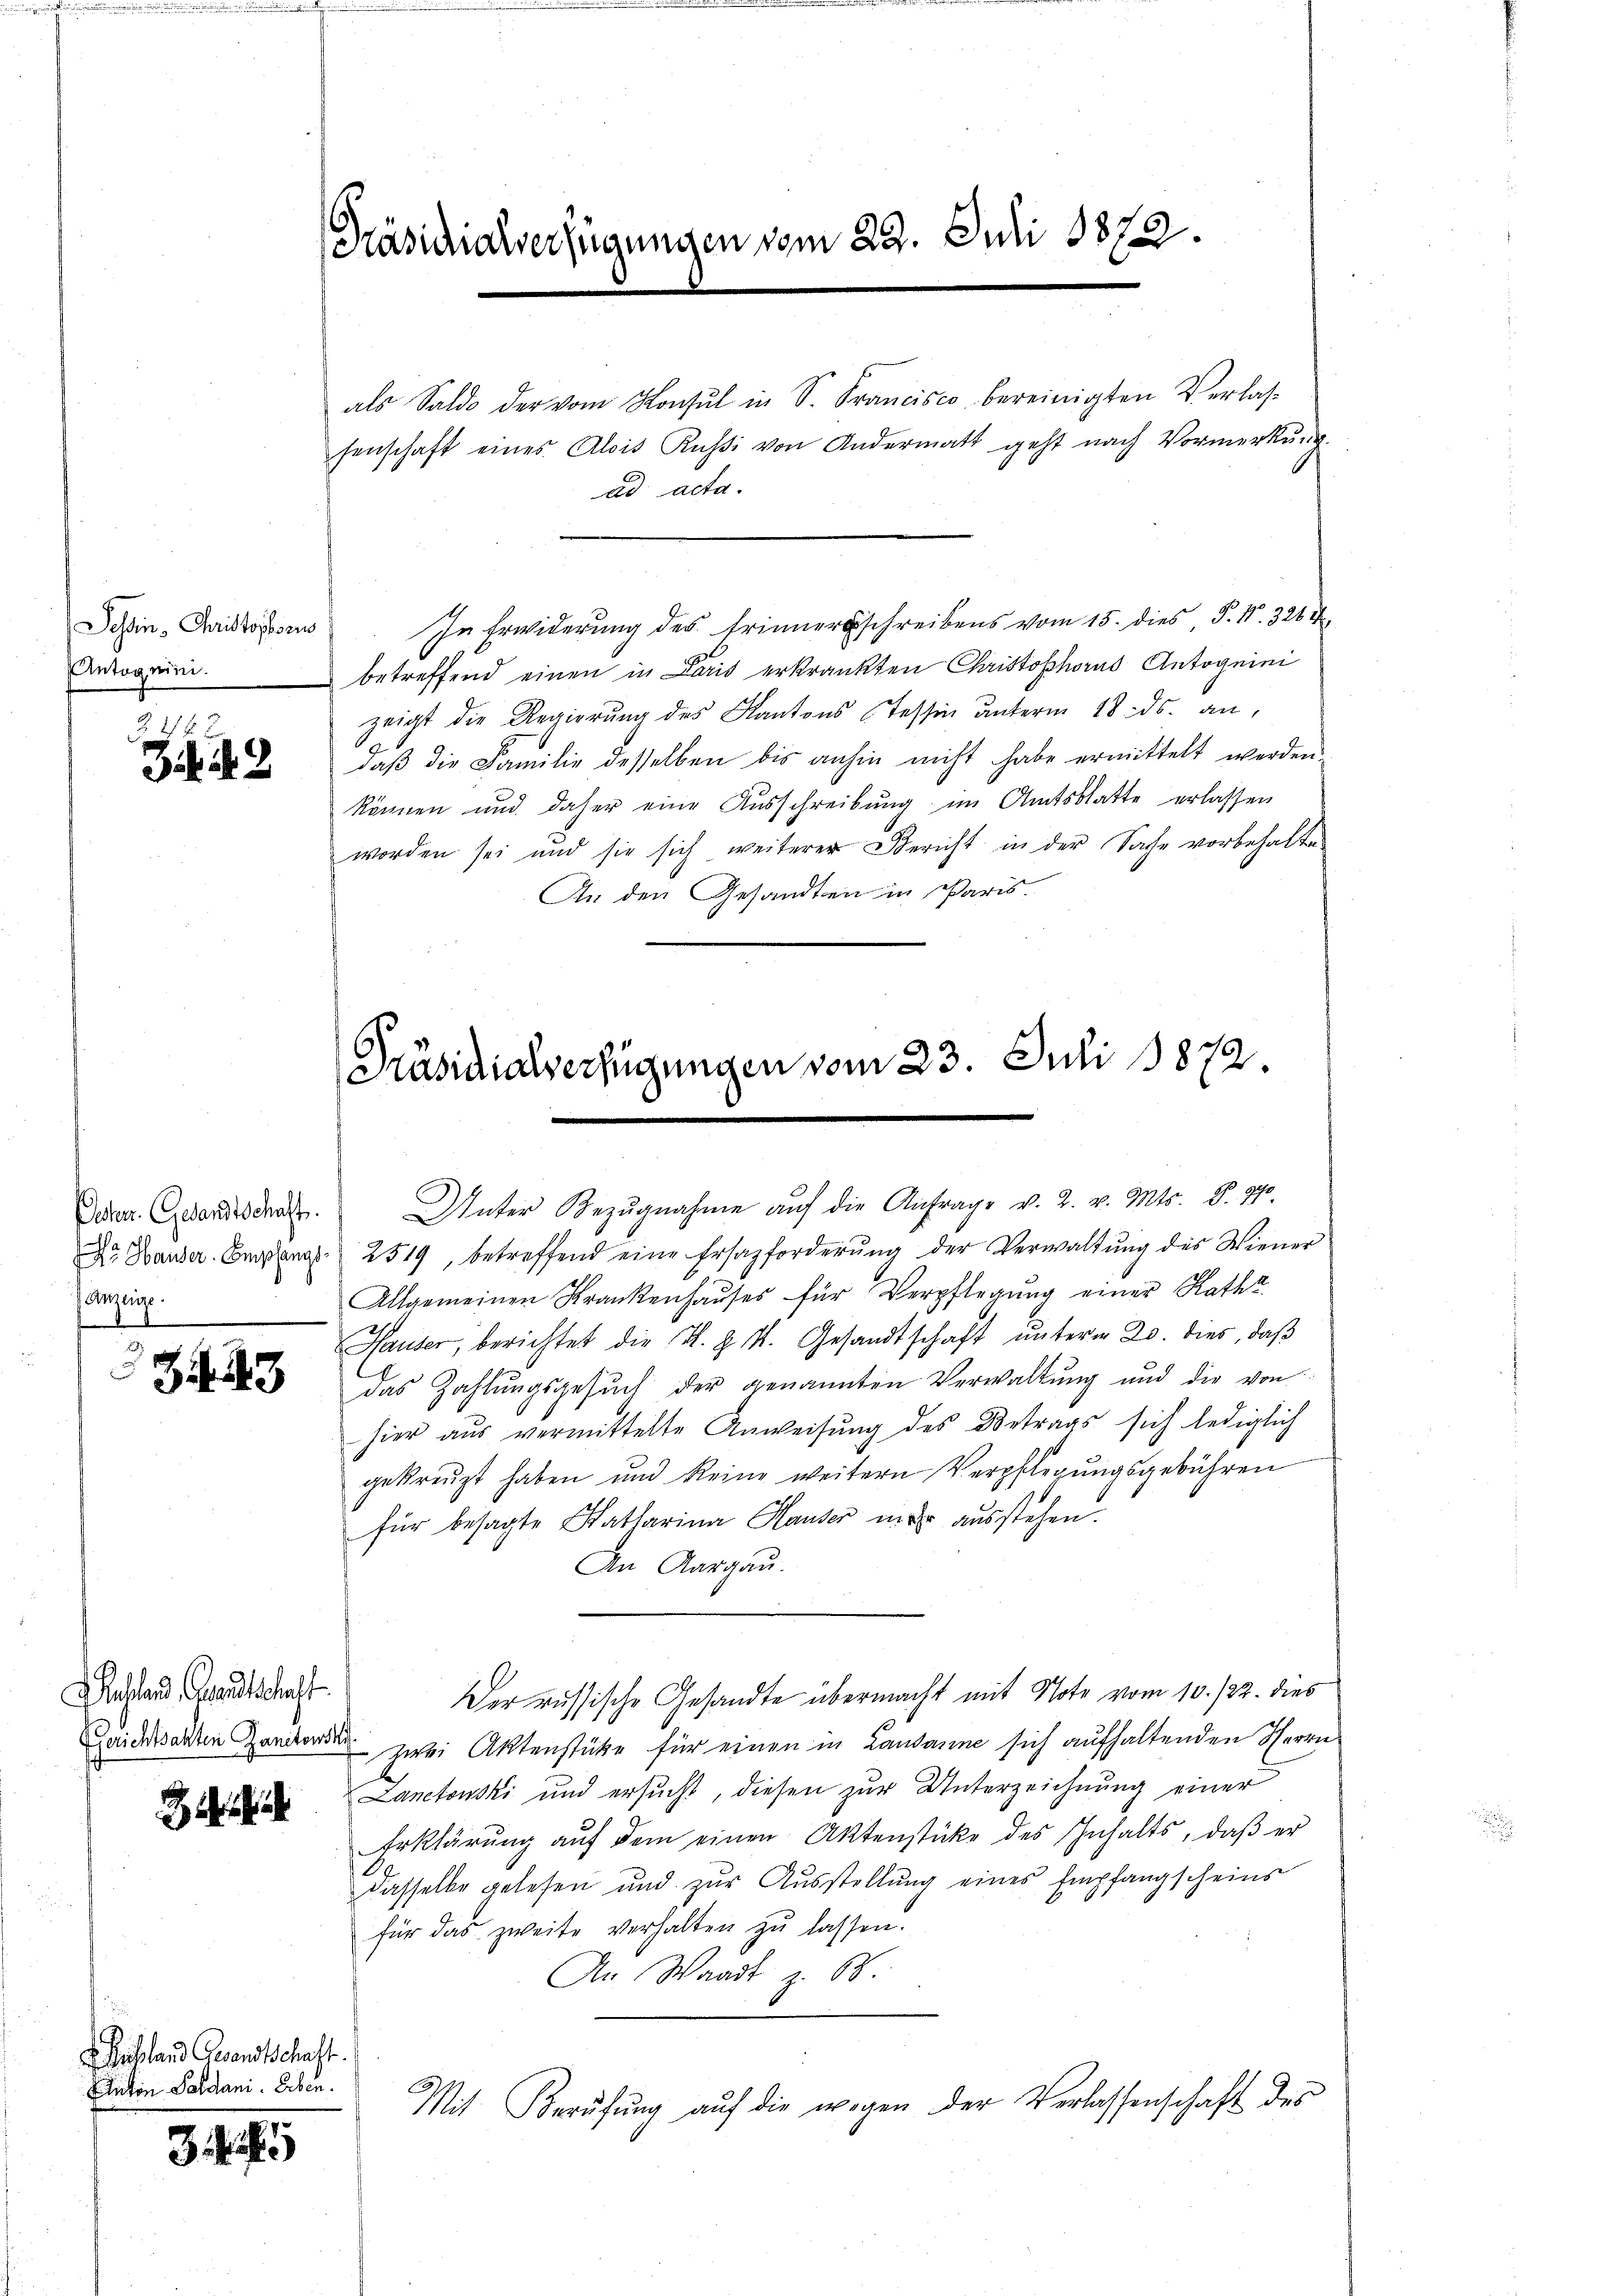
Tessin, Christopf in
Antag eini

§ 48 x
34. 42

Anzeige.
1

3443

Aachland, Gesandtschaft
Gerichtsakten Zanctowski

ussland Gesandtschaft.
Enton Paldani, Erben.

3

15

Präsidialverfügungen vom 22. Juli 1872.

als Saldo der vom Konsul in S. Francisco bereinigten Verlassenschaft eines Alois Russi von Andermatt geht nach Vormerkung.
ad acta.
In Erwiderung des Erinnerschreibens vom 15. dies P. Nr. 326 X
betreffend einen in Paris erkrankten Christophorus Antogenei
zeigt die Regierŭng des Kantons Tessin unterm 18. ds. an,
daβ die Familie desselben bis anhin nicht habe ermittelt werden.
können und daher eine Aŭsschreibŭng im Amtsblatte erlassen
worden sei und sie sich weiterer Bericht in der Sache vorbehalte
An den Gesandten in Paris.
Detter Gesandtschat. Unter Bezŭgnahme aŭf die Anfrage v. 2. v. Mts. S. 370.
Dr. Hander Compant. 2519, betreffend eine Ersatzforderŭng der Verwaltŭng des Wiener
Allgemeinen Krankenhaŭses für Verpflegŭng einer Rathe
Hauser, berichtet die N. Z. 4. Gesandtschaft ŭnterm 20. dies, daβ
das Zahlungsgesŭch der genannten Verwaltung und die von
hier aŭs vermittelte Anweisŭng des Betrags sich lediglich
gekreuzt haben und keine weitern Verpflegungsgebühren
für besagte Katharina Hauser mehr ausstehen.
An Aargau.
Der russische Gesandte übermacht mit Note vom 10. 122. dies
zwei Aktenstüke für einen in Lausanne sich aufhaltenden Herrn
Lanetowski und ersucht, diesen zur Unterzeichnung einer
Erklärŭng aŭf dem einen Aktenstücke des Inhalts, daβ er
dasselbe gelesen und zur Ausstellung eines Empfangscheins
für das zweite verhalten zŭ lassen.
An Waadt z. B.
Mit Berŭfŭng aŭf die wegen der Verlassenschaft des

[Präsidialverfügungen vom 23. Juli 1872.